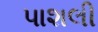
પાશલી